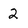
Character: 2